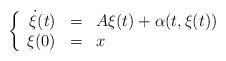
LaTeX: \begin{align*}\left\{\begin{array}{rcl}\dot{\xi}(t) & = & A \xi(t) + \alpha(t,\xi(t))\\ \xi(0) & = & x\end{array}\right.\end{align*}